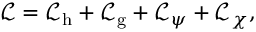
{ \mathcal { L } } = { \mathcal { L } } _ { \mathrm { h } } + { \mathcal { L } } _ { \mathrm { g } } + { \mathcal { L } } _ { \psi } + { \mathcal { L } } _ { \chi } ,